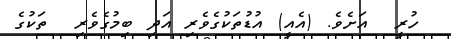
ހުރީ  އަށެވެ. (އެއީ) އުޑުތަކުގެވެރި އަދި ބިމުގެވެރި  ތަކުގެ